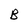
Character: B